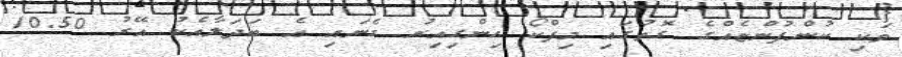
ވަކި ކުންފުންޏެއްގެ ގޮތުގައި މިފްކޯ ހިންގިއިރު ގެނައި އެ ބަދަލާއެކު އޭރު 10.50